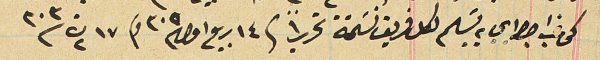
كتاب اجراي به تسليم لكل فريق نسَخة تحريراً فى ١٤ ربيع اول ٣٠٥ و١٧ ت٢ ٣٠٣